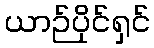
ယာဉ်ပိုင်ရှင်